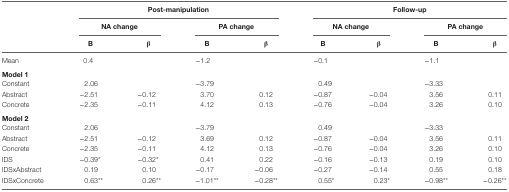
<table><thead><tr><td></td><td colspan="4"><b>Post-manipulation</b></td><td colspan="4"><b>Follow-up</b></td></tr><tr><td></td><td colspan="2"><b>NA change</b></td><td colspan="2"><b>PA change</b></td><td colspan="2"><b>NA change</b></td><td colspan="2"><b>PA change</b></td></tr><tr><td></td><td><b>B</b></td><td><b>β</b></td><td><b>B</b></td><td><b>β</b></td><td><b>B</b></td><td><b>β</b></td><td><b>B</b></td><td><b>β</b></td></tr></thead><tbody><tr><td>Mean</td><td colspan="2">0.4</td><td colspan="2">−1.2</td><td colspan="2">−0.1</td><td colspan="2">−1.1</td></tr><tr><td><b>Model 1</b></td><td colspan="8"></td></tr><tr><td>Constant</td><td>2.06</td><td></td><td>−3.79</td><td></td><td>0.49</td><td></td><td>−3.33</td><td></td></tr><tr><td>Abstract</td><td>−2.51</td><td>−0.12</td><td>3.70</td><td>0.12</td><td>−0.87</td><td>−0.04</td><td>3.56</td><td>0.11</td></tr><tr><td>Concrete</td><td>−2.35</td><td>−0.11</td><td>4.12</td><td>0.13</td><td>−0.76</td><td>−0.04</td><td>3.26</td><td>0.10</td></tr><tr><td><b>Model 2</b></td><td colspan="8"></td></tr><tr><td>Constant</td><td>2.06</td><td></td><td>−3.79</td><td></td><td>0.49</td><td></td><td>−3.33</td><td></td></tr><tr><td>Abstract</td><td>−2.51</td><td>−0.12</td><td>3.69</td><td>0.12</td><td>−0.87</td><td>−0.04</td><td>3.56</td><td>0.11</td></tr><tr><td>Concrete</td><td>−2.35</td><td>−0.11</td><td>4.12</td><td>0.13</td><td>−0.76</td><td>−0.04</td><td>3.26</td><td>0.10</td></tr><tr><td>IDS</td><td>−0.39*</td><td>−0.32*</td><td>0.41</td><td>0.22</td><td>−0.16</td><td>−0.13</td><td>0.19</td><td>0.10</td></tr><tr><td>IDSxAbstract</td><td>0.19</td><td>0.10</td><td>−0.17</td><td>−0.06</td><td>−0.27</td><td>−0.14</td><td>0.55</td><td>0.18</td></tr><tr><td>IDSxConcrete</td><td>0.63**</td><td>0.26**</td><td>−1.01**</td><td>−0.28**</td><td>0.55*</td><td>0.23*</td><td>−0.98**</td><td>−0.26**</td></tr></tbody></table>